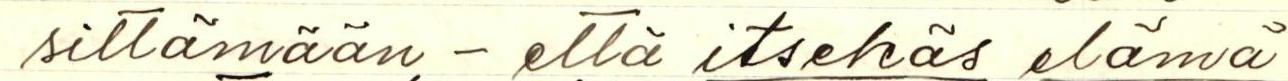
sittämään - että itsekäs elämä